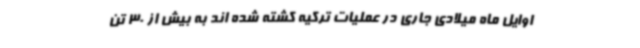
اوایل ماه میلادی جاری در عملیات ترکیه کشته شده اند به بیش از 30 تن